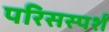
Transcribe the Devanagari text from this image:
परिसस्पर्श